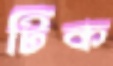
টিক